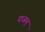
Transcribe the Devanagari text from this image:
राजन्‌